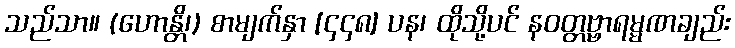
သည်သာ။ (ဟောန္တိ၊) စာမျက်နှာ [၄၄၈] ပန၊ ထိုသို့ပင် နဝတ္တဗ္ဗာရမ္မဏချည်း